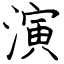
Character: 演